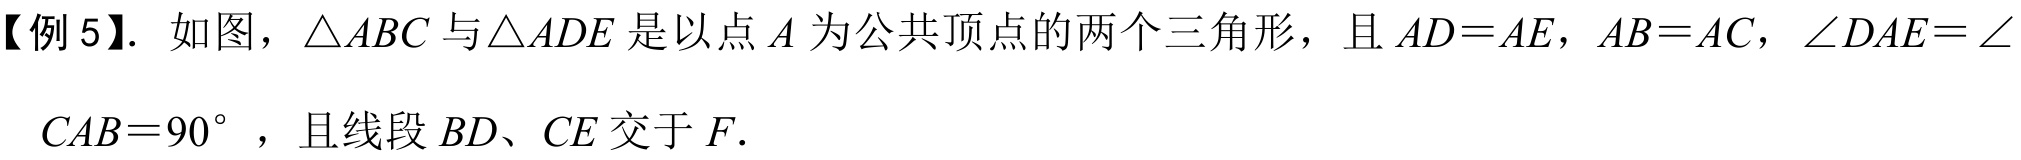
【例5】. 如图，\(\triangle ABC\)与\(\triangle ADE\)是以点\(A\)为公共顶点的两个三角形，且\(AD = AE\)，\(AB = AC\)，\(\angle DAE=\angle CAB = 90^{\circ}\)，且线段\(BD、CE\)交于\(F\).